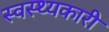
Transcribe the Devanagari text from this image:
स्वस्थ्यकारी